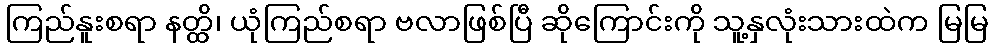
ကြည်နူးစရာ နတ္ထိ၊ ယုံကြည်စရာ ဗလာဖြစ်ပြီ ဆိုကြောင်းကို သူ့နှလုံးသားထဲက မြမြ